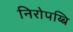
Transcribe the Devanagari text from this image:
निरोपय्बि